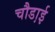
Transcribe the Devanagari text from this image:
चौडा़ई